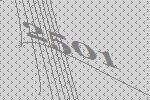
2501